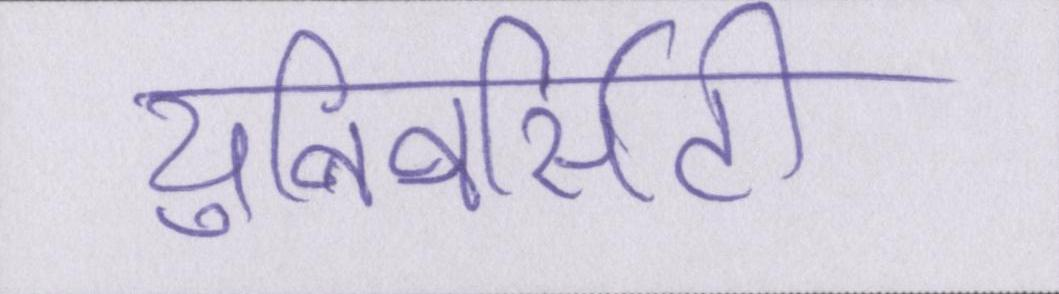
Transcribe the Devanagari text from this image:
युनिवर्सिटी